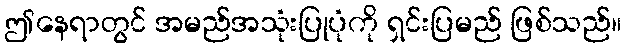
ဤနေရာတွင် အမည်အသုံးပြုပုံကို ရှင်းပြမည် ဖြစ်သည်။